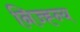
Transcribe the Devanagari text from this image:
निज्ह्न्य